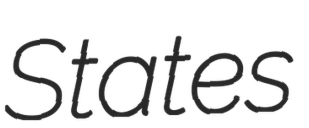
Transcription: States